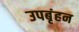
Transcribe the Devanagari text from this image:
उपबृंहन